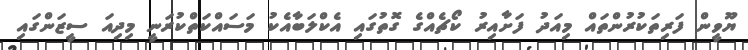
ޔޫވީން ފަރިތަކުރުންތައް މިއަދު ފަށާއިރު ކޯޗެއްގެ ގޮތުގައި އެކްލަބާއެކު މަސައްކަތްކުރަނީ މިދިއަ ސީޒަންގައި